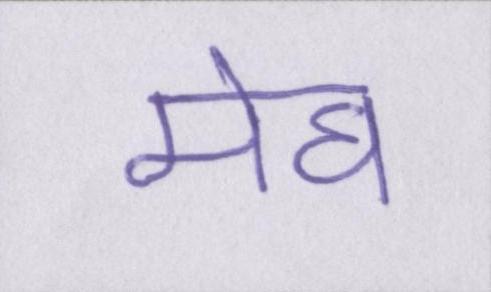
मेघ